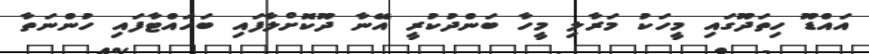
އައްޑޫ ހިތަދޫގައި މީހަކު މަރާލި މީހާ ބަންދުކުރީ އޭނާ ދޫކޮށްލާފައި ބަހައްޓާފައި ހުންނަތާ